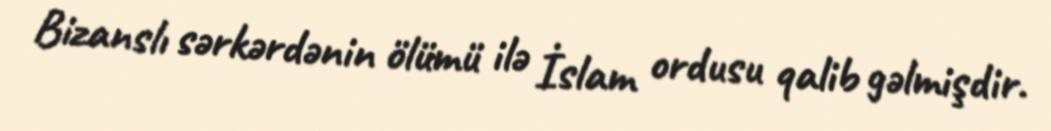
Bizanslı sərkərdənin ölümü ilə İslam ordusu qalib gəlmişdir.